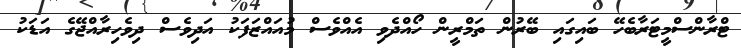
ޓްރާންސްމީޓަރާބެހޭ ބައިގައި ބޭރުން ތަމްރީން ހޯއްދެވި އެއްވެސް މުއައްޒަފަކު އަދިވެސް ދިވެހިރާއްޖޭގެ އަޑަކު